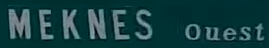
MEKNES Ouest